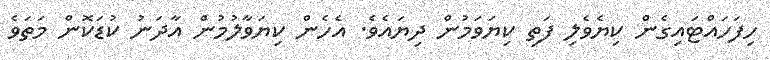
ހިފަހައްޓައިގެން ކިޔެވެލި ފަތި ކިޔަވަމުން ދިޔައެވެ. އެހެން ކިޔަވާލުމުން އާދަނު ކުޑަކޮން މަތަވެ